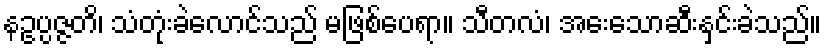
နဥပ္ပဇ္ဇတိ၊ သံတုံးခဲလောင်သည် မဖြစ်ပေရာ။ သီတလံ၊ အေးသောဆီးနှင်းခဲသည်။